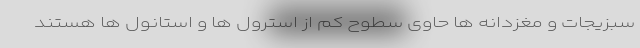
سبزیجات و مغزدانه ها حاوی سطوح کم از استرول ها و استانول ها هستند